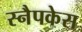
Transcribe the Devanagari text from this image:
स्नैपकेस